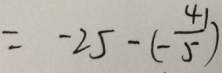
= - 2 5 - ( - \frac { 4 1 } { 5 } )